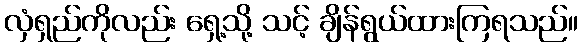
လှံရှည်ကိုလည်း ရှေ့သို့ သင့် ချိန်ရွယ်ထားကြရသည်။